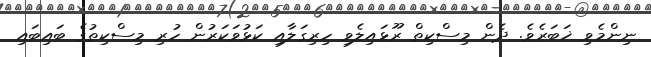
ނިންމެވި ޚަބަރެވެ. ދެން މިސްކިތް ރޫޅައިލެވި ހިރިގަލާއި ކަޅުވަކަރުން ހުރި މިސްކިތުގެ ބައިބައި